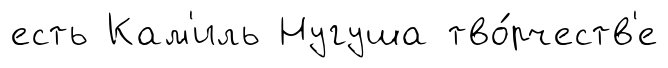
есть Кам'иль Нугуша тво́рчеств'е